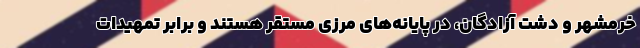
خرمشهر و دشت آزادگان، در پایانه‌های مرزی مستقر هستند و برابر تمهیدات